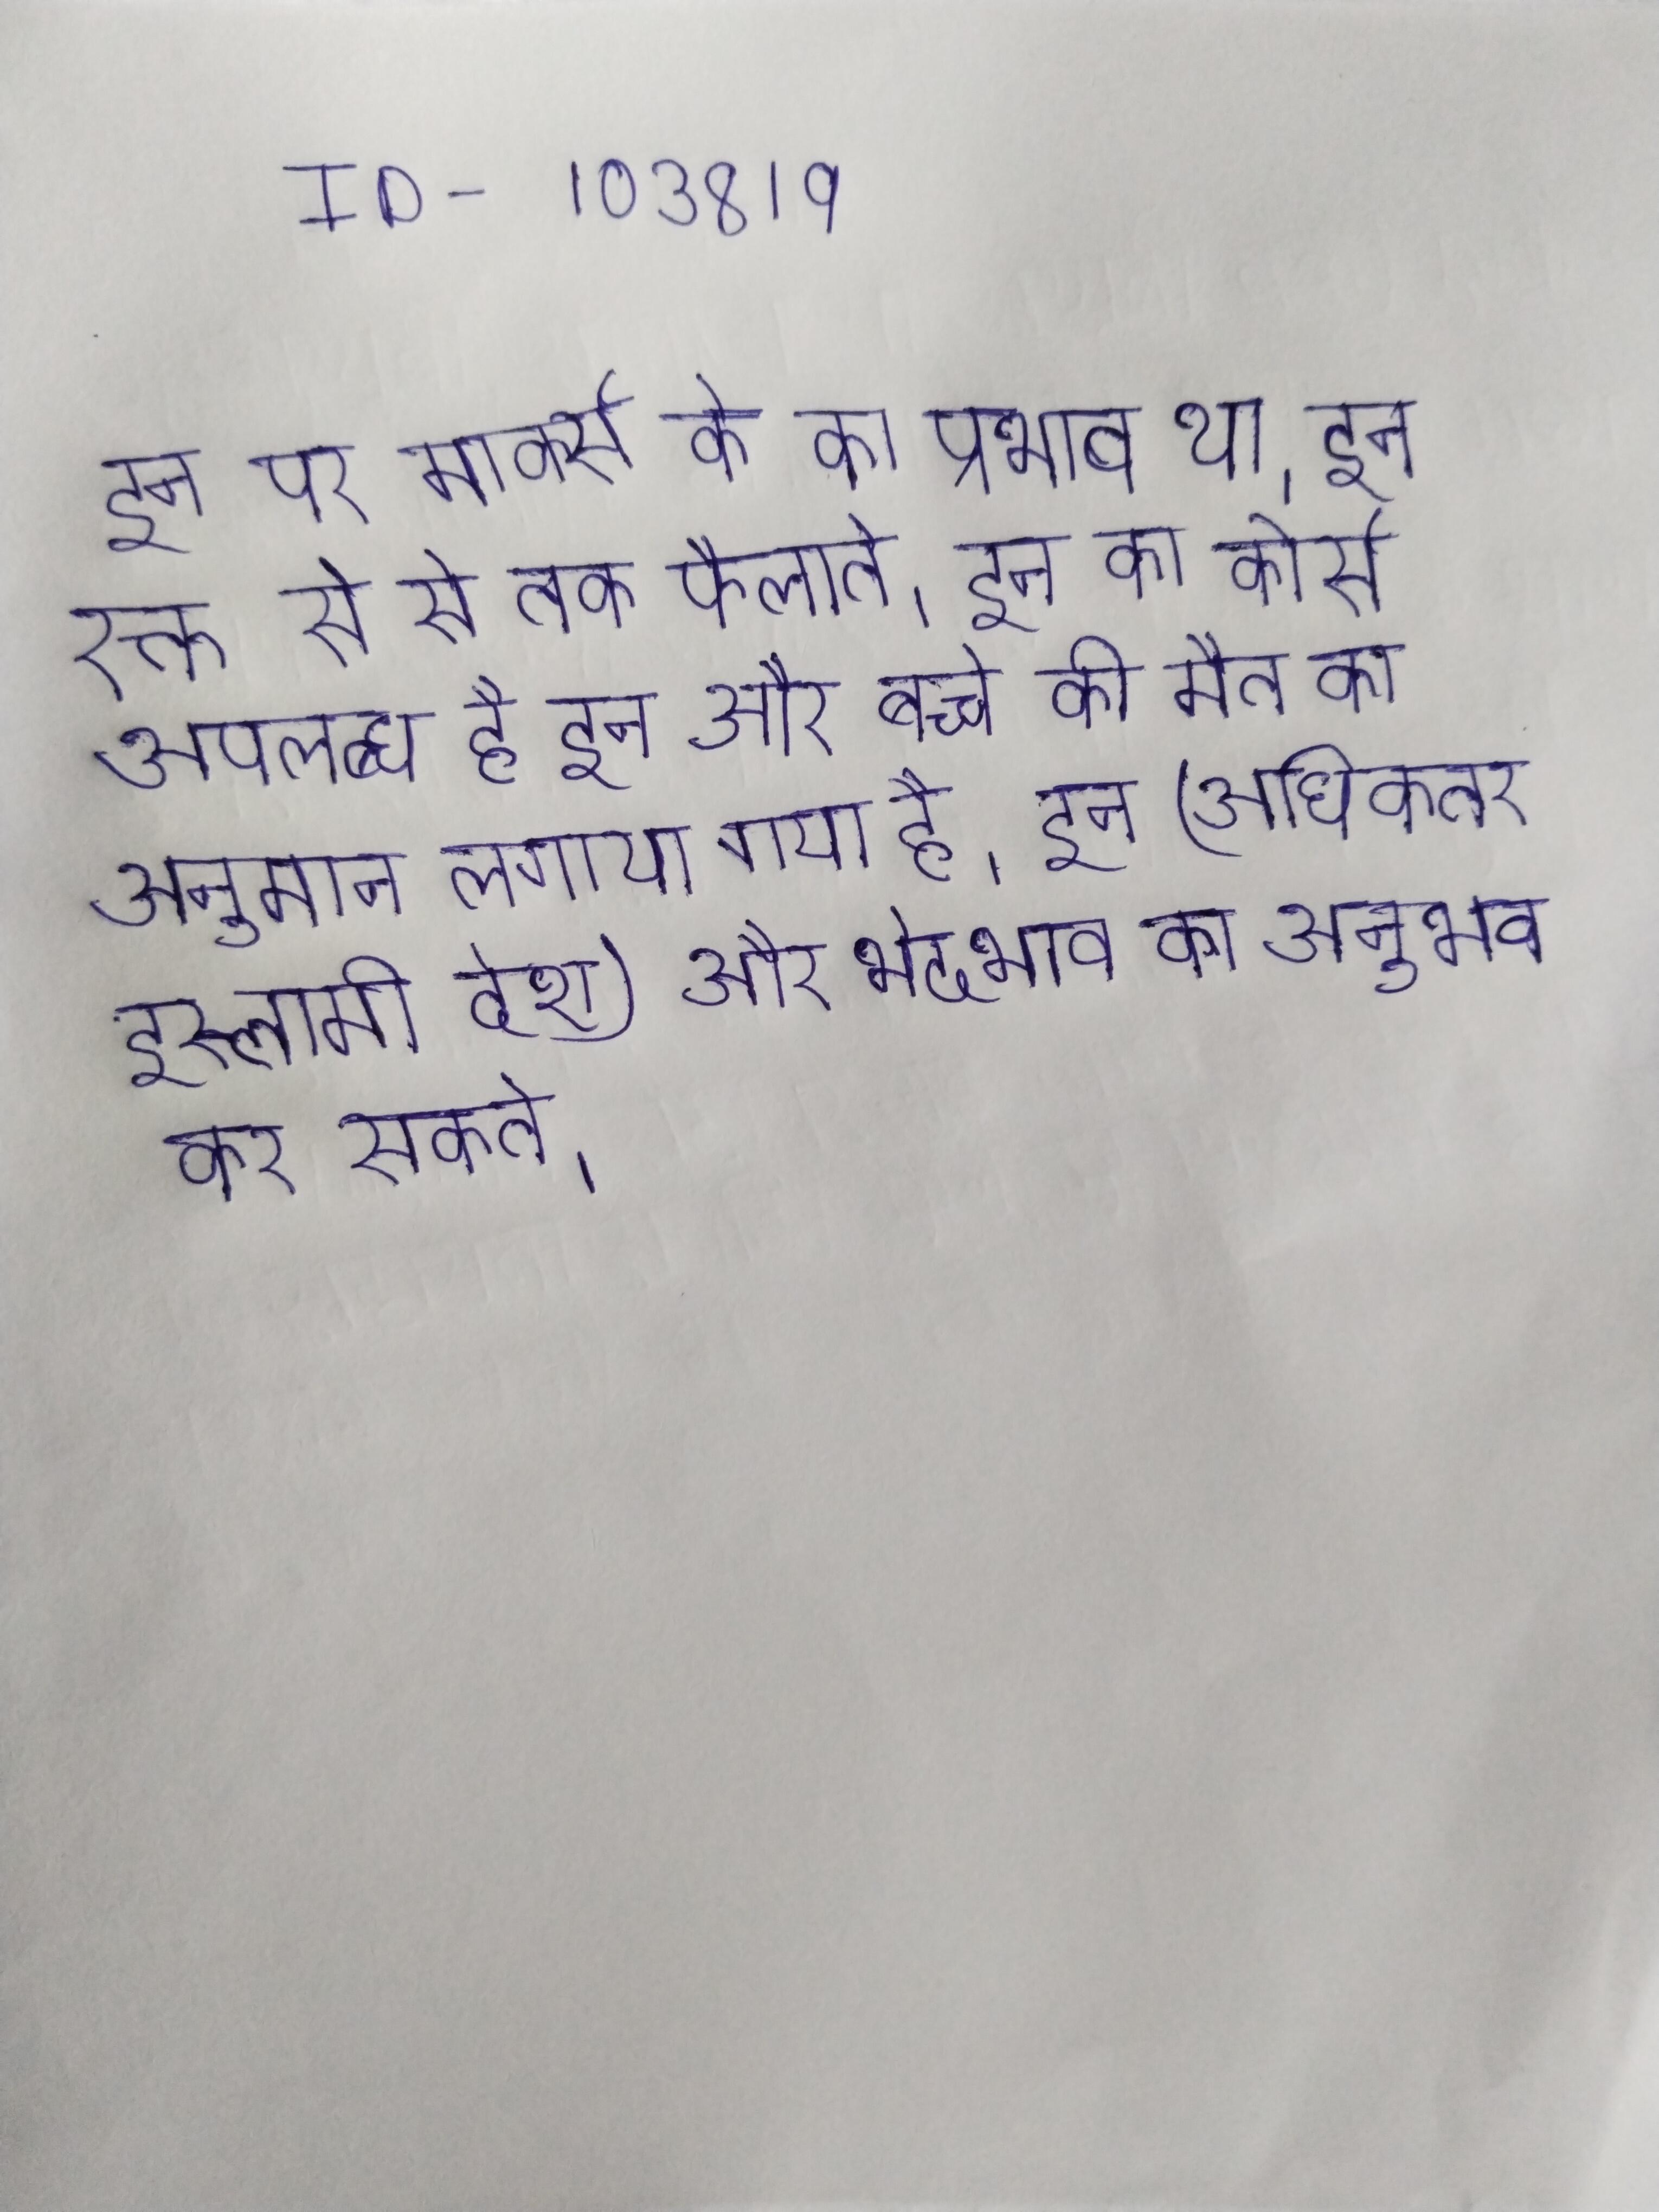
इन पर मार्क्स के का प्रभाव था । इन रक्त से से तक फैलाते । इन का कोर्स उपलब्ध है इन और बच्चे की मौत का अनुमान लगाया गया है । इन (अधिकतर इस्लामी देश) और भेदभाव का अनुभव कर सकते ।